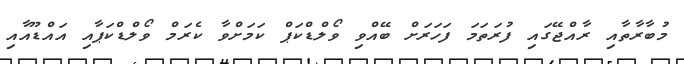
މުބާރާތާއި ރާއްޖޭގައި ފުރަތަމަ ފަހަރަށް ބޭއްވި ވޯލްޑްކަޕް ކަމަށްވާ ކެރަމް ވޯލްޑްކަޕާއި އައްޑޫއާއި